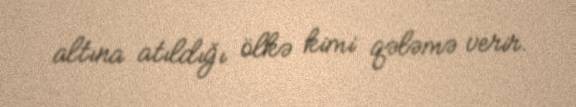
altına atıldığı ölkə kimi qələmə verir.